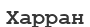
Харран